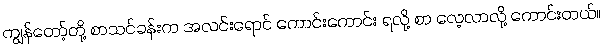
ကျွန်တော့်တို့ စာသင်ခန်းက အလင်းရောင် ကောင်းကောင်း ရလို့ စာ လေ့လာလို့ ကောင်းတယ်။